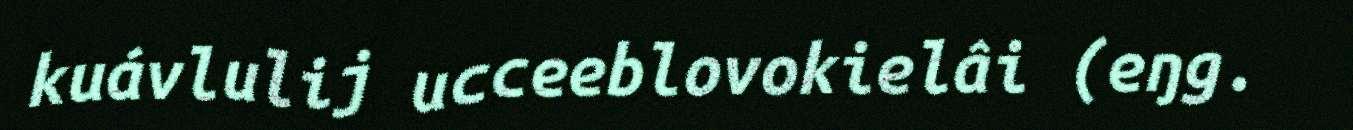
kuávlulij ucceeblovokielâi (eŋg.